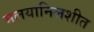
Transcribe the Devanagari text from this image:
मलयानिलशीत